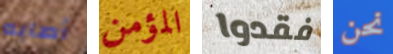
أصابه المؤمن فقدوا نحن